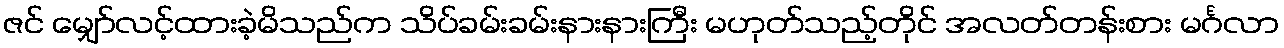
ဇင် မျှော်လင့်ထားခဲ့မိသည်က သိပ်ခမ်းခမ်းနားနားကြီး မဟုတ်သည့်တိုင် အလတ်တန်းစား မင်္ဂလာ